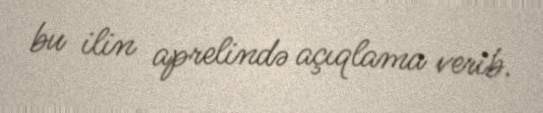
bu ilin aprelində açıqlama verib.